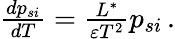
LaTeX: \begin{array}{r}{{\frac{dp_{si}}{dT}}=\frac{L^{*}}{{\varepsilon}T^{2}}p_{si}\, .}\end{array}